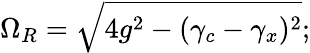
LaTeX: \Omega_{R}=\sqrt{4g^{2}-(\gamma_{c}-\gamma_{x})^{2}};